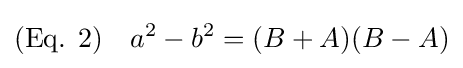
{\text{(Eq. 2)}}\quad a^{2}-b^{2}=(B+A)(B-A)